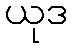
ယုဒ